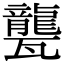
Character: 𤮨